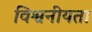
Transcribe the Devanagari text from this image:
विश्वनीयता